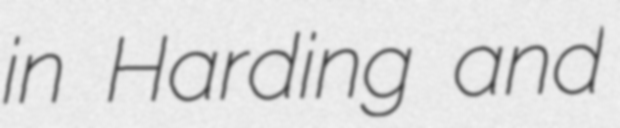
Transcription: in Harding and